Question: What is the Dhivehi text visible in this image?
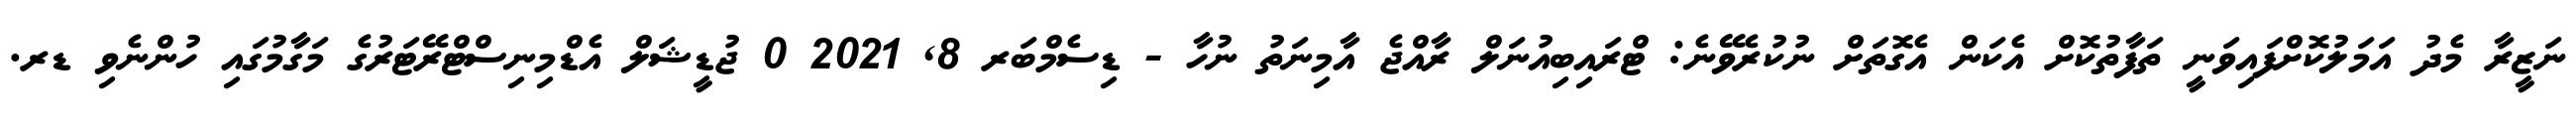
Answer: ނަޒީރާ މެދު އަމަލުކޮށްފައިވަނީ ތަފާތުކޮށް އެކަން އެގޮތަށް ނުކުރެވޭނެ: ޓްރައިބިއުނަލް ރާއްޖެ އާމިނަތު ނުހާ - ޑިސެމްބަރ 8, 2021 0 ޖުޑީޝަލް އެޑްމިނިސްޓްރޭޓަރުގެ މަގާމުގައި ހުންނެވި ޑރ.